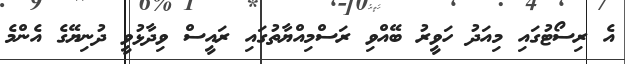
އެ ރިސޯޓުގައި މިއަދު ހަވީރު ބޭއްވި ރަސްމިއްޔާތުގައި ރައީސް ވިދާޅުވީ ދުނިޔޭގެ އެންމެ